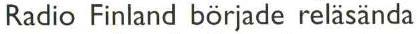
Radio Finland började reläsända